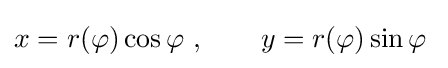
x=r(\varphi )\cos \varphi \ ,\qquad y=r(\varphi )\sin \varphi \;